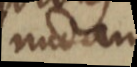
nudam